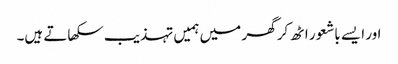
اور ایسے باشعور اٹھ کر گھر میں ہمیں تہذیب سکھاتے ہیں۔